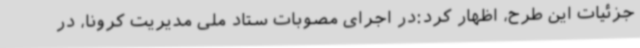
جزئیات این طرح، اظهار کرد:در اجرای مصوبات ستاد ملی مدیریت کرونا، در